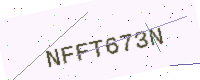
Text: NFFT673N